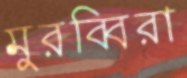
মুরব্বিরা